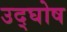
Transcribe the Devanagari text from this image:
उद्‌घोष